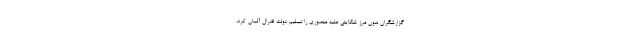
گزارشگران بدون مرز شکایتی علیه منصوری را تسلیم دولت فدرال آلمان کرد.